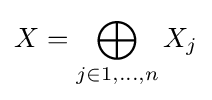
X=\bigoplus _{j\in {1,\ldots ,n}}X_{j}